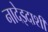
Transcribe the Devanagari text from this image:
नादेझ्दाशी